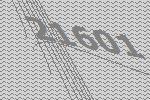
21601